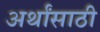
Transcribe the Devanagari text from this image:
अर्थांसाठी